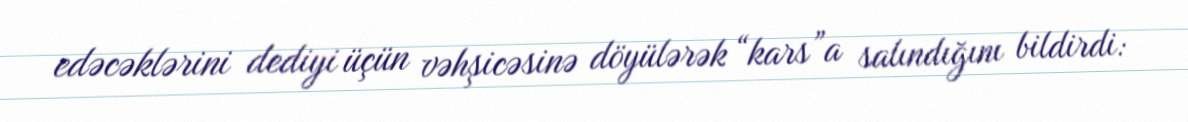
edəcəklərini dediyi üçün vəhşicəsinə döyülərək “kars”a salındığını bildirdi: